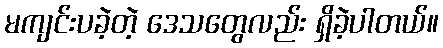
မကျင်းပခဲ့တဲ့ ဒေသတွေလည်း ရှိခဲ့ပါတယ်။